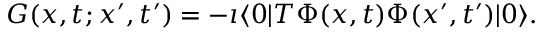
G ( x , t ; x ^ { \prime } , t ^ { \prime } ) = - \imath \langle 0 | T \Phi ( x , t ) \Phi ( x ^ { \prime } , t ^ { \prime } ) | 0 \rangle .